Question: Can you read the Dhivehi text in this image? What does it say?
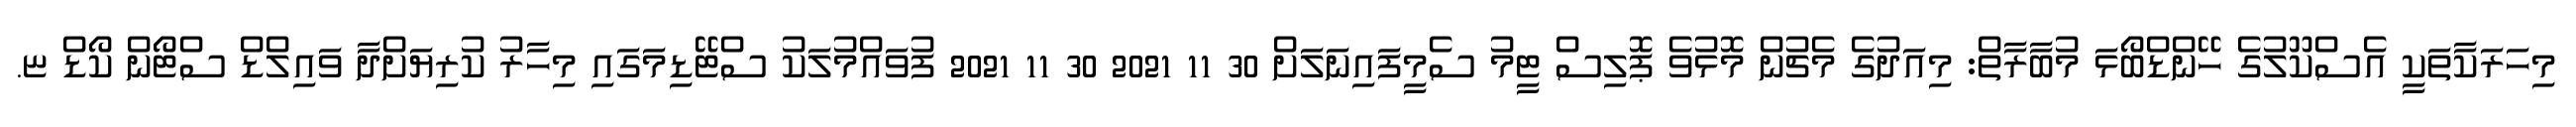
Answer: މިހަރަކާތަކީ އެސްކޫލުގެ ހޭންޑްބޯޅަ މުބާރާތް: މިއަދުގެ މެޗުން މޮޅުވެ ޕޮލިސް ޓީމު ސެމީފައިނަލަށް 30 11 2021 30 11 2021 ފުވައްމުލަކު ސްޓޭޑިމަގައި މިހާރު ކުރިޔަށްދާ ވައިލްޑް ސްޓޯން ކޯޑް ޏ.